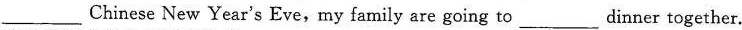
___ Chinese New Year's Eve, my family are going to ___ dinner together.